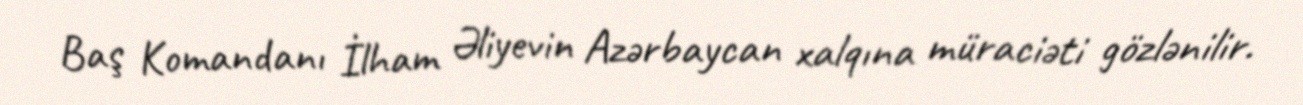
Baş Komandanı İlham Əliyevin Azərbaycan xalqına müraciəti gözlənilir.